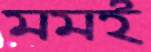
মমই